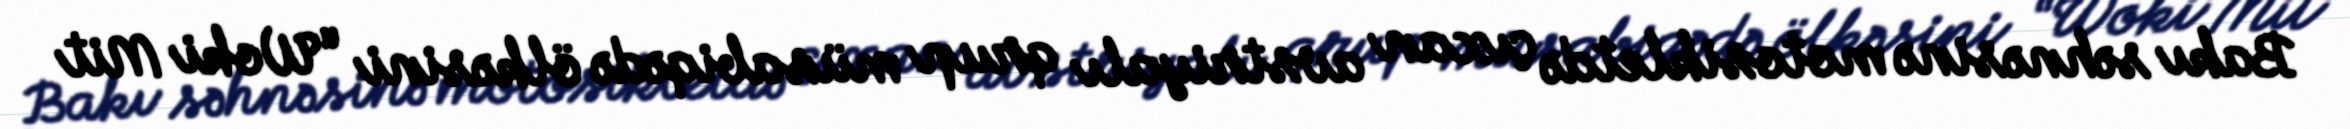
Bakı səhnəsinə motosikletdə çıxan avstriyalı qrup müsabiqədə ölkəsini “Woki Mit